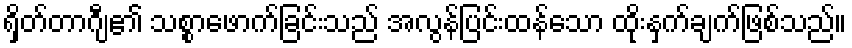
ရှိတ်တာဂျီ၏ သစ္စာဖောက်ခြင်းသည် အလွန်ပြင်းထန်သော ထိုးနှက်ချက်ဖြစ်သည်။